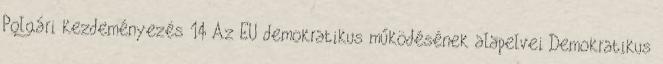
Polgári kezdeményezés 14 Az EU demokratikus működésének alapelvei Demokratikus